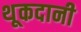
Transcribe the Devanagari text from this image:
थूकदानी